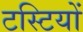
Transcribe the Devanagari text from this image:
टस्टियों